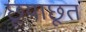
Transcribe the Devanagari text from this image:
छूयाछूत